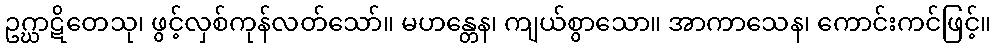
ဥဂ္ဃာဋိတေသု၊ ဖွင့်လှစ်ကုန်လတ်သော်။ မဟန္တေန၊ ကျယ်စွာသော။ အာကာသေန၊ ကောင်းကင်ဖြင့်။